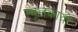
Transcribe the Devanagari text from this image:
स्थूलकायो